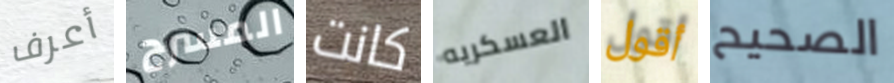
أعرف المسرح كانت العسكريه أقول الصحيح